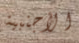
الأجنبية